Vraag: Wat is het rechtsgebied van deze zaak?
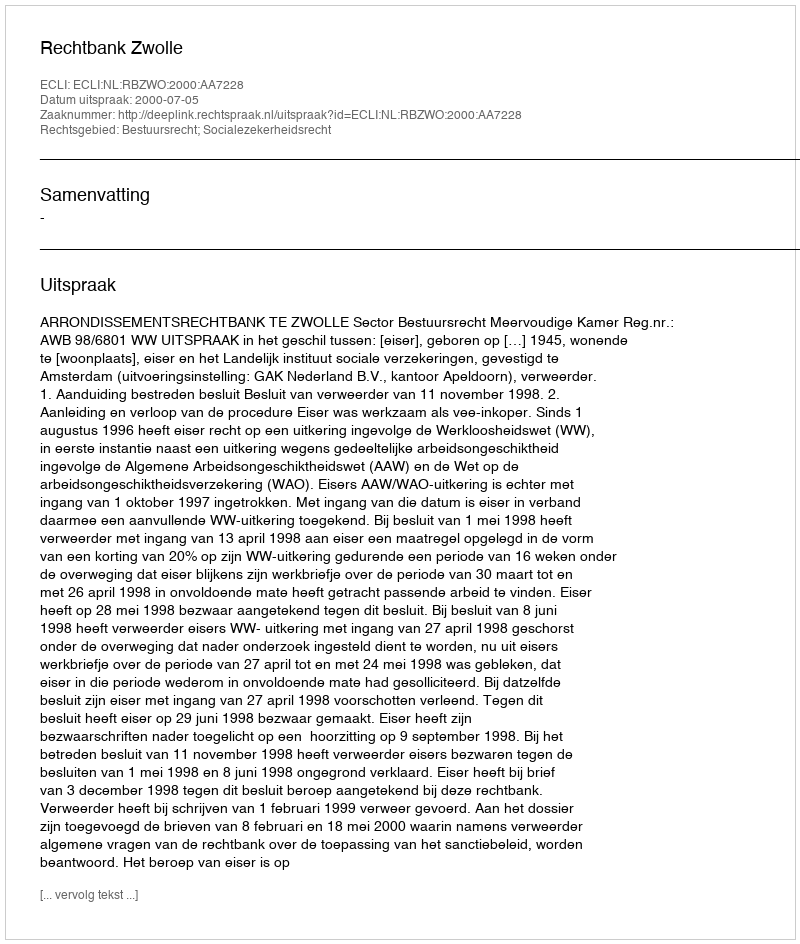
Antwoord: Bestuursrecht; Socialezekerheidsrecht